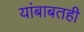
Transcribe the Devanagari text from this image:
यांबाबतही